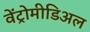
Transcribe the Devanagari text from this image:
वेंट्रोमीडिअल